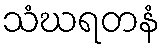
သံဃရတနံ